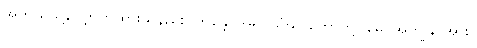
အဘယ်သို့လျှောက်ထားသနည်း။ ဘန္တေ၊ အရှင်သံဃာတော်တို့။ မေ၊ အကျွန်ုပ်အား။